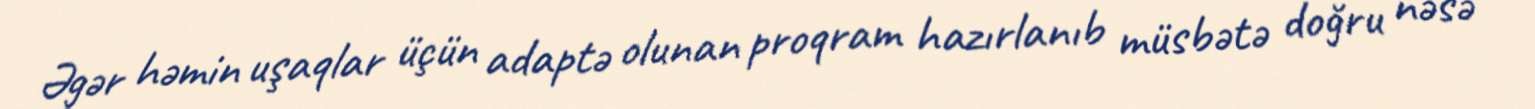
Əgər həmin uşaqlar üçün adaptə olunan proqram hazırlanıb müsbətə doğru nəsə